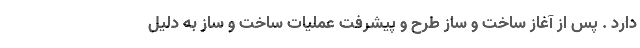
دارد . پس از آغاز ساخت و ساز طرح و پیشرفت عملیات ساخت و ساز به دلیل